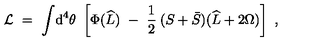
{ \cal L } \ = \ \int \! \mathrm { d } ^ { 4 } \theta \ \left[ \Phi ( \widehat L ) \ - \ \frac { 1 } { 2 } \: ( S + \bar { S } ) ( \widehat L + 2 \Omega ) \right] \ ,